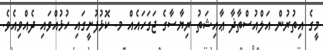
މީގެ އިތުރުން އަލްއުސްތާޛާ ޢާއިޝަތު ރިޔާސާގެ ޖަގަހައެއް މ. ކޮޅުފުށީގައި ހުޅުއްވައި ދެެއްވިއެވެ.